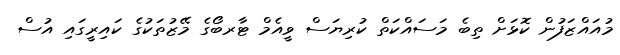
މުއައްޒަފުން ކޮޅަށް ތިބެ މަސައްކަތް ކުރިޔަސް ވީއެމް ޓާރބޯގެ މޭޒުތަކުގެ ކައިރީގައި އުސް